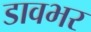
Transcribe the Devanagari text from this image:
डावभर